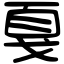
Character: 戛